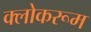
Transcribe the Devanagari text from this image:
क्लोकरूम